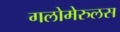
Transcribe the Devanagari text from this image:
गलोमेरुलस